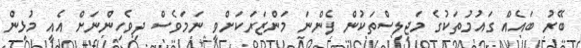
ބޭރު ބައެއް ގައުމުތަކުގެ މަޖިލިސްތަކުން ފެންނަ މަންޒަރަކަށްވީ ނަމަވެސް ދިވެހިންނަށް އެއީ މުޅިން